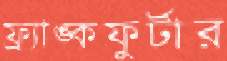
ফ্র্যাঙ্কফুর্টার